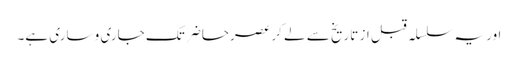
اور یہ سلسلہ قبل از تاریخ سے لے کر عصرِحاضر تک جاری و ساری ہے۔